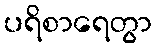
ပရိစာရေတွာ